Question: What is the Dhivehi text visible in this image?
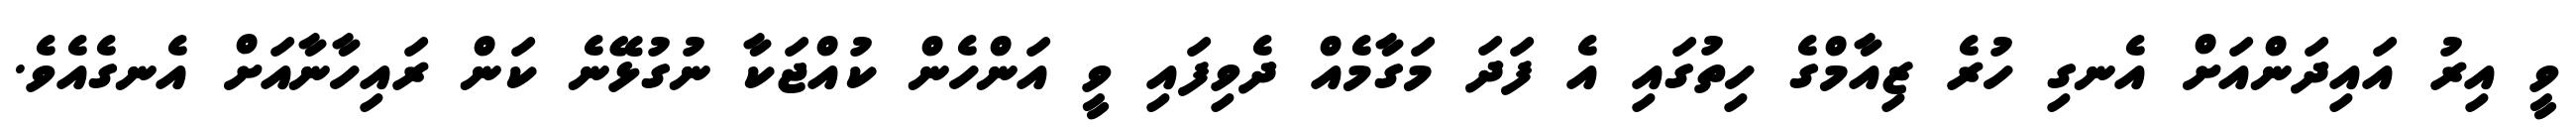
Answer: ވީ އިރު އައިދަންއަށް އެނގި ހުރެ ޒިއާމްގެ ހިތުގައި އެ ފަދަ މަގާމެއް ދެވިފައި ވީ އަންހެން ކުއްޖަކާ ނުގުޅޭނެ ކަން ރައިހާނާއަށް އެނގެއެވެ.